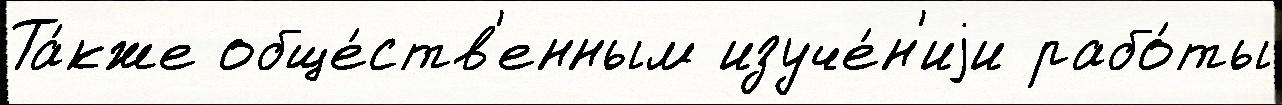
Та́кже обще́ств'енным изуче́н'иjи рабо́ты